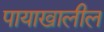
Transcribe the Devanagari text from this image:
पायाखालील